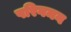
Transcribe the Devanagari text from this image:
परिगमन